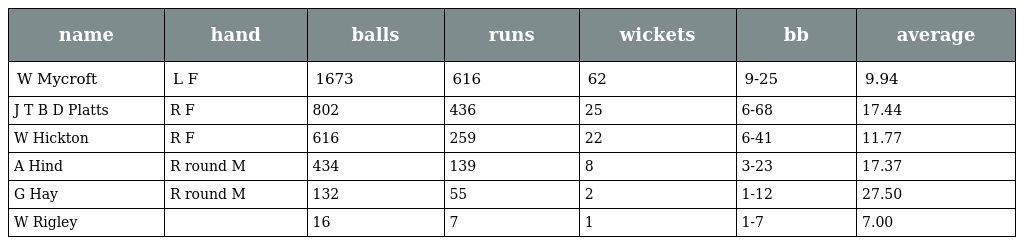
| name | hand | balls | runs | wickets | bb | average |
 | --- | --- | --- | --- | --- | --- | --- |
 | W Mycroft | L F | 1673 | 616 | 62 | 9-25 | 9.94 |
 | J T B D Platts | R F | 802 | 436 | 25 | 6-68 | 17.44 |
 | W Hickton | R F | 616 | 259 | 22 | 6-41 | 11.77 |
 | A Hind | R round M | 434 | 139 | 8 | 3-23 | 17.37 |
 | G Hay | R round M | 132 | 55 | 2 | 1-12 | 27.50 |
 | W Rigley |  | 16 | 7 | 1 | 1-7 | 7.00 |